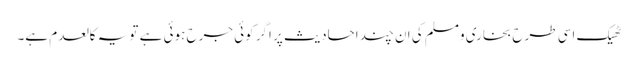
ٹھیک اسی طرح بخاری ومسلم کی ان چند احادیث پر اگر کوئی جرح ہوئی ہے تو یہ کالعدم ہے۔